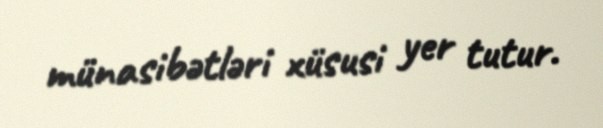
münasibətləri xüsusi yer tutur.